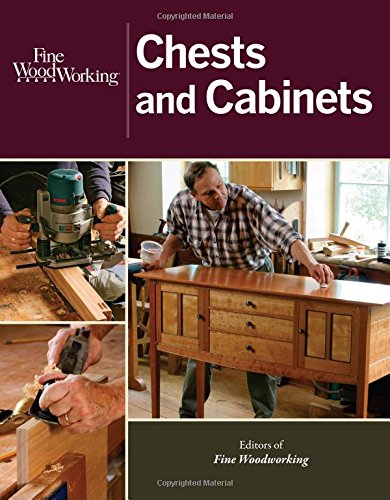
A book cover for Fine Woodworking Chests and Cabinets; Editors of Fine Woodworking; Crafts, Hobbies & Home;